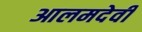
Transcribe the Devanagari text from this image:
आलमदेवी